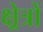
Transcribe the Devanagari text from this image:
क्ष्रेत्रों